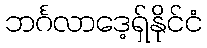
ဘင်္ဂလာဒေ့ရှ်နိုင်ငံ